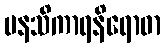
မနသိကာရနိရောဓာ